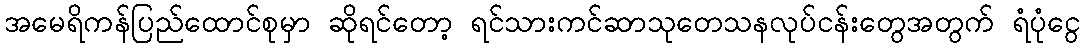
အမေရိကန်ပြည်ထောင်စုမှာ ဆိုရင်တော့ ရင်သားကင်ဆာသုတေသနလုပ်ငန်းတွေအတွက် ရံပုံငွေ